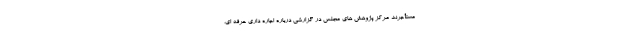
مستأجرند مرکز پژوهش های مجلس در گزارشی درباره اجاره داری حرفه ای،